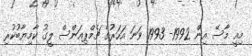
މިއީ މާސޭ އިން 1992- 1993 ވަނަ އަހަރުގެ ޗެމްޕިއަންސް ލީގު ކާމިޔާބުކުރި